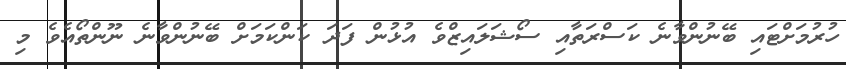
ހުރުމަށްޓައި ބޭނުންވާނެ ކަސްރަތާއި ސޯޝަލައިޒްވެ އުޅުން ފަދަ ކަންކަމަށް ބޭނުންވާނެ ނޫންތޯއެވެ މި